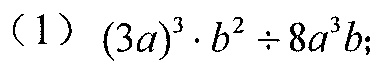
(1) $(3a)^{3}\cdot b^{2}\div 8a^{3}b$;